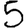
Digit: 5